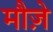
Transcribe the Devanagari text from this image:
मौज़े